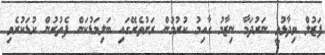
ފަޒުލް ވިދާޅުވީ ނަރުދަމާ ނިޒާމު ގާއިމު ކުރުމުން ރަށުތެރޭގައި ބަލިމަޑުކަން ފެތުރުން ކުޑަކުރެވި